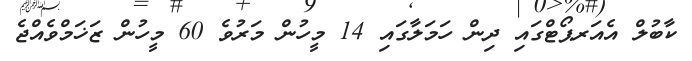
ކާބުލް އެއަރޕޯޓްގައި ދިން ހަމަލާގައި 14 މީހުން މަރުވެ 60 މީހުން ޒަޚަމްވެއްޖެ